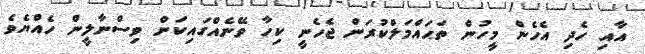
އާއި ހެދި އެހެން މީހުން ތަޙައްމަލްކުރަން ޖެހެނީ ކިހާ ވޭނެއްގައިކަން ވިސްނާލީން ހެއްޔެވެ